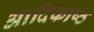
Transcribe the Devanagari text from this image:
आदिकाष्ठ